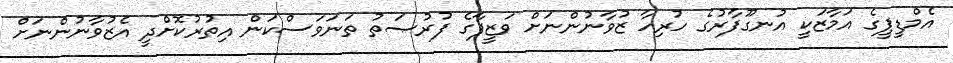
އެމްޑީޕީގެ އަމާޒަކީ އުނގޫފާރުގެ ހުރިހާ ޒުވާނުންނަށް ވަޒީފާގެ ފުރުޞަތު ތަނަވަސްކަން އިތުރުކޮށްދީ އެޒުވާނުންނަށް